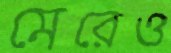
মেরেও